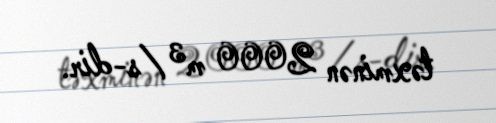
təxminən 2000 m³/s-dir.